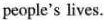
people's lives.